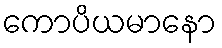
ကောပိယမာနော